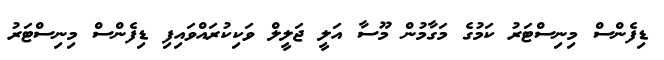
ޑިފެންސް މިނިސްޓަރު ކަމުގެ މަގާމުން މޫސާ އަލީ ޖަލީލް ވަކިކުރައްވައިފި ޑިފެންސް މިނިސްޓަރު